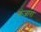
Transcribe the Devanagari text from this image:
कंजारा